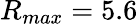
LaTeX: R_{max}=5.6